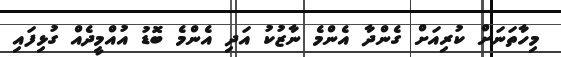
މިހާތަނަށް ކުރިއަށް ގެންދާ އެންމެ ނާޒުކު އަދި އެންމެ ބޮޑު އުއްމީދެއް ގުޅިފައި